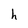
Character: h